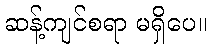
ဆန့်ကျင်စရာ မရှိပေ။